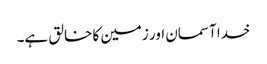
خدا آسمان اور زمین کا خالق ہے۔